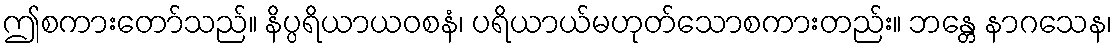
ဤစကားတော်သည်။ နိပ္ပရိယာယဝစနံ၊ ပရိယာယ်မဟုတ်သောစကားတည်း။ ဘန္တေ နာဂသေန၊